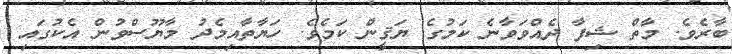
ބާރެވެ. މާތް ޝިފާ ދެއްވަވާނެ ކަމުގެ ޔަޤީން ކަމެވެ. ހަޔާތާއިމެދު މާޔޫސްވުން އެކުގައި